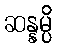
ဆန္နမ္ပိ